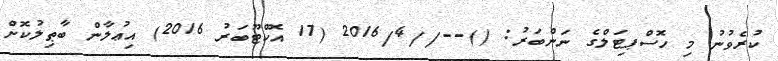
ކުރެވުނު މި ހޮސްޕިޓަލްގެ ނަންބަރު: ()--//2016/4 (17 އޮކްޓޫބަރު 2016) އިޢުލާން ބާޠިލުކޮށް